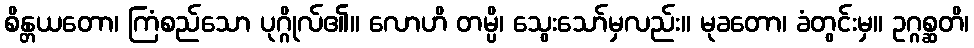
စိန္တယတော၊ ကြံစည်သော ပုဂ္ဂိုလ်၏။ လောဟိ တမ္ပိ၊ သွေးသော်မှလည်း။ မုခတော၊ ခံတွင်းမှ။ ဥဂ္ဂစ္ဆတိ၊